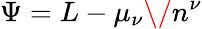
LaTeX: \Psi=L-\mu_{\nu}\/ n^{\nu}